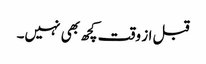
قبل از وقت کچھ بھی نہیں۔